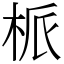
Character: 㭛